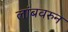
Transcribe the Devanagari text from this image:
लांबवरुन